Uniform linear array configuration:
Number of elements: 16
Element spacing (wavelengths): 0.75
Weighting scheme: blackman
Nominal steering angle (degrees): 0
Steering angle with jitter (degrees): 0.0623
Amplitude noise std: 0.05
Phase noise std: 0.05

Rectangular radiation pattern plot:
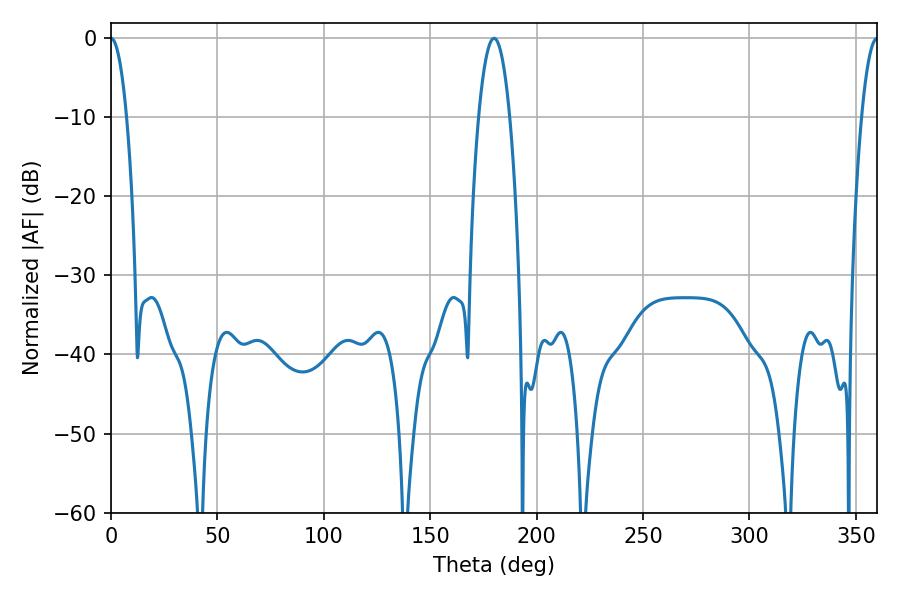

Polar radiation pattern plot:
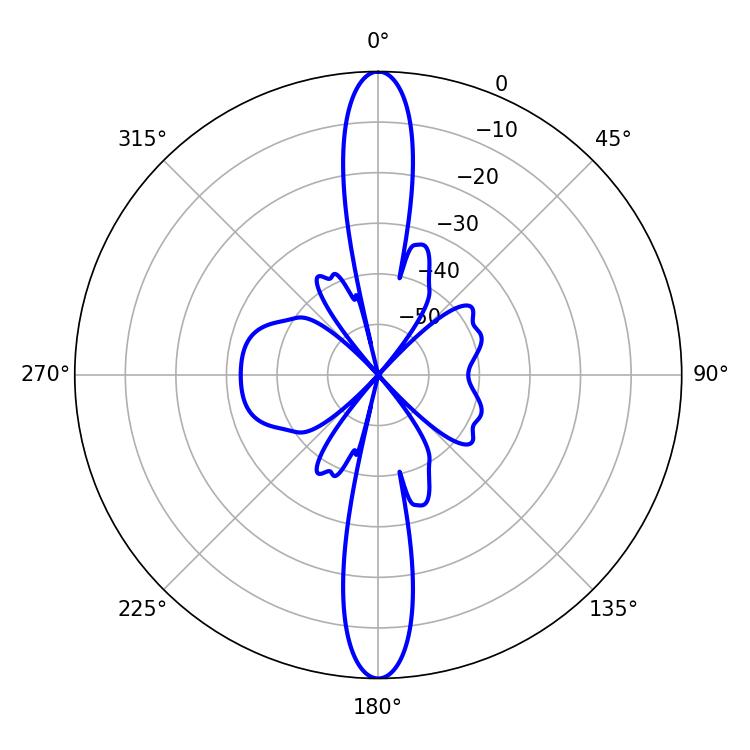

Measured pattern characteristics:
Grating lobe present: TRUE
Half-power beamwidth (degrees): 3.96
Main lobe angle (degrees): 0